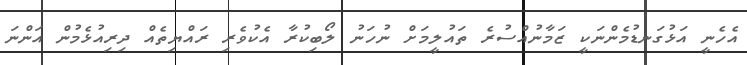
އެހެނީ އަޅުގަނޑުމެންނަކީ ޒަމާނުއްސުރެ ތައުލީމަށް ނުހަނު ލޯބިކުރާ އެކުވެރި ރައްޔިތެއް ދިރިއުޅެމުން އަންނަ